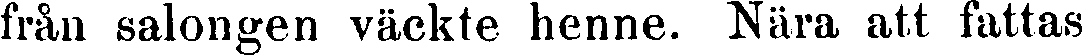
från salongen väckte henne. Nära att fattas